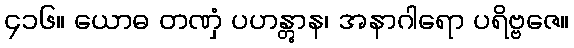
၄၁၆။ ယောဓ တဏှံ ပဟန္တွာန၊ အနာဂါရော ပရိဗ္ဗဇေ။